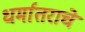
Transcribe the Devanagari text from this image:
धर्मातराचे